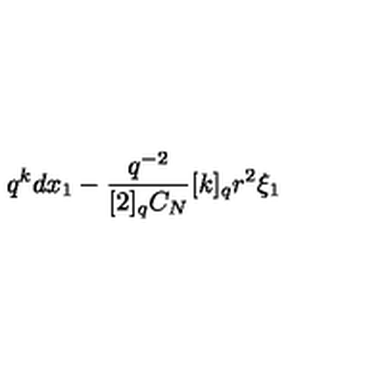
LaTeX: q ^ { k } d x _ { 1 } - \frac { q ^ { - 2 } } { [ 2 ] _ { q } C _ { N } } [ k ] _ { q } r ^ { 2 } \xi _ { 1 }